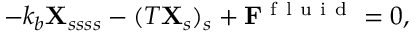
- k _ { b } { \bf { X } } _ { s s s s } - ( T { \bf { X } } _ { s } ) _ { s } + \mathbf { F } ^ { \mathrm { ~ f ~ l ~ u ~ i ~ d ~ } } = 0 ,